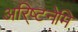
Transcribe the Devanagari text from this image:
अरि्ष्टनेमि